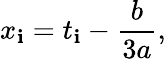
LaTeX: x_{\mathbf{i}}=t_{\mathbf{i}}-{\frac{{b}}{{3a}}},